Reports on dispensaries and lunatic asylums in the Province of Oudh - 1869-1876
Year: 1869
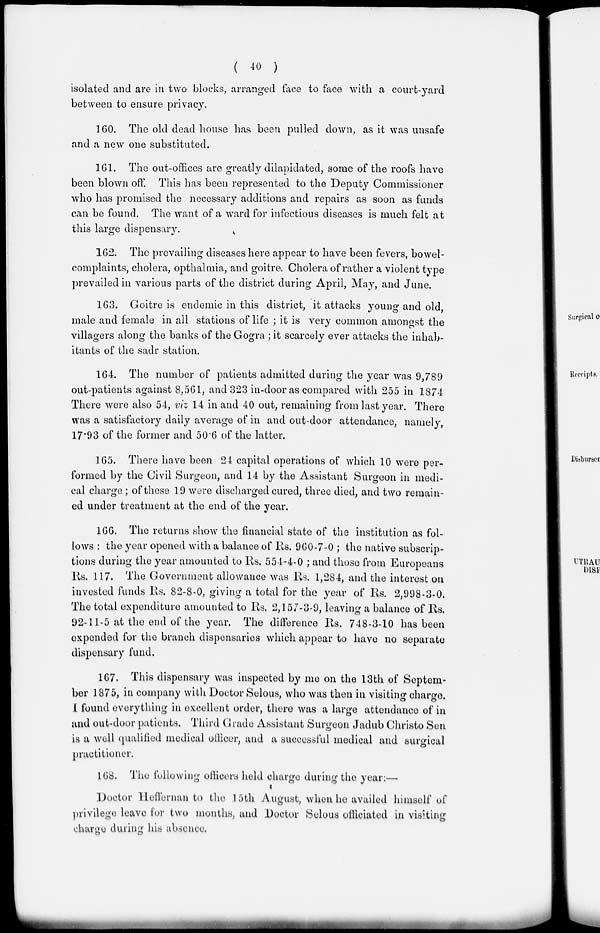
( 40 )
isolated and are in two blocks, arranged face to face with a court-yard
between to ensure privacy.
160. The old dead house has been pulled down, as it was unsafe
and a new one substituted.
161. The out-offices are greatly dilapidated, some of the roofs have
been blown off. This has been represented to the Deputy Commissioner
who has promised the necessary additions and repairs as soon as funds
can be found. The want of a ward for infectious diseases is much felt at
this large dispensary.
162. The prevailing diseases here appear to have been fevers, bowel-
complaints, cholera, opthalmia, and goitre. Cholera of rather a violent type
prevailed in various parts of the district during April, May, and June.
163. Goitre is endemic in this district, it attacks young and old,
male and female in all stations of life ; it is very common amongst the
villagers along the banks of the Gogra ; it scarcely ever attacks the inhab-
itants of the sadr station.
164. The number of patients admitted during the year was 9,789
out-patients against 8,561, and 323 in-door as compared with 255 in 1874
There were also 54, viz 14 in and 40 out, remaining from last year. There
was a satisfactory daily average of in and out-door attendance, namely,
17.93 of the former and 50.6 of the latter.
165. There have been 24 capital operations of which 10 were per-
formed by the Civil Surgeon, and 14 by the Assistant Surgeon in medi-
cal charge ; of these 19 were discharged cured, three died, and two remain-
ed under treatment at the end of the year.
166. The returns show the financial state of the institution as fol-
lows : the year opened with a balance of Rs. 960-7-0 ; the native subscrip-
tions during the year amounted to Rs. 554-4-0 ; and those from Europeans
Rs. 117. The Government allowance was Rs. 1,284, and the interest on
invested funds Rs. 82-8-0, giving a total for the year of Rs. 2,998-3-0.
The total expenditure amounted to Rs. 2,157-3-9, leaving a balance of Rs.
92-11-5 at the end of the year. The difference Rs. 748-3-10 has been
expended for the branch dispensaries which appear to have no separate
dispensary fund.
167. This dispensary was inspected by me on the 13th of Septem-
ber 1875, in company with Doctor Selous, who was then in visiting charge.
I found everything in excellent order, there was a large attendance of in
and out-door patients. Third Grade Assistant Surgeon Jadub Christo Sen
is a well qualified medical officer, and a successful medical and surgical
practitioner.
168. The following officers held charge during the year:—
Doctor Heffernan to the 15th August, when he availed himself of
privilege leave for two months, and Doctor Selous officiated in visiting
charge during his absence.